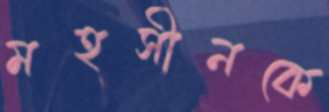
মহসীনকে